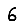
Digit: 6